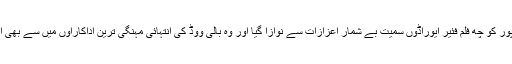
کرینہ کپور کو چھ فلم فئیر ایوراڈوں سمیت بے شمار اعزازات سے نوازا گیا اور وہ بالی ووڈ کی انتہائی مہنگی ترین اداکاراوں میں سے بھی ایک ہے۔